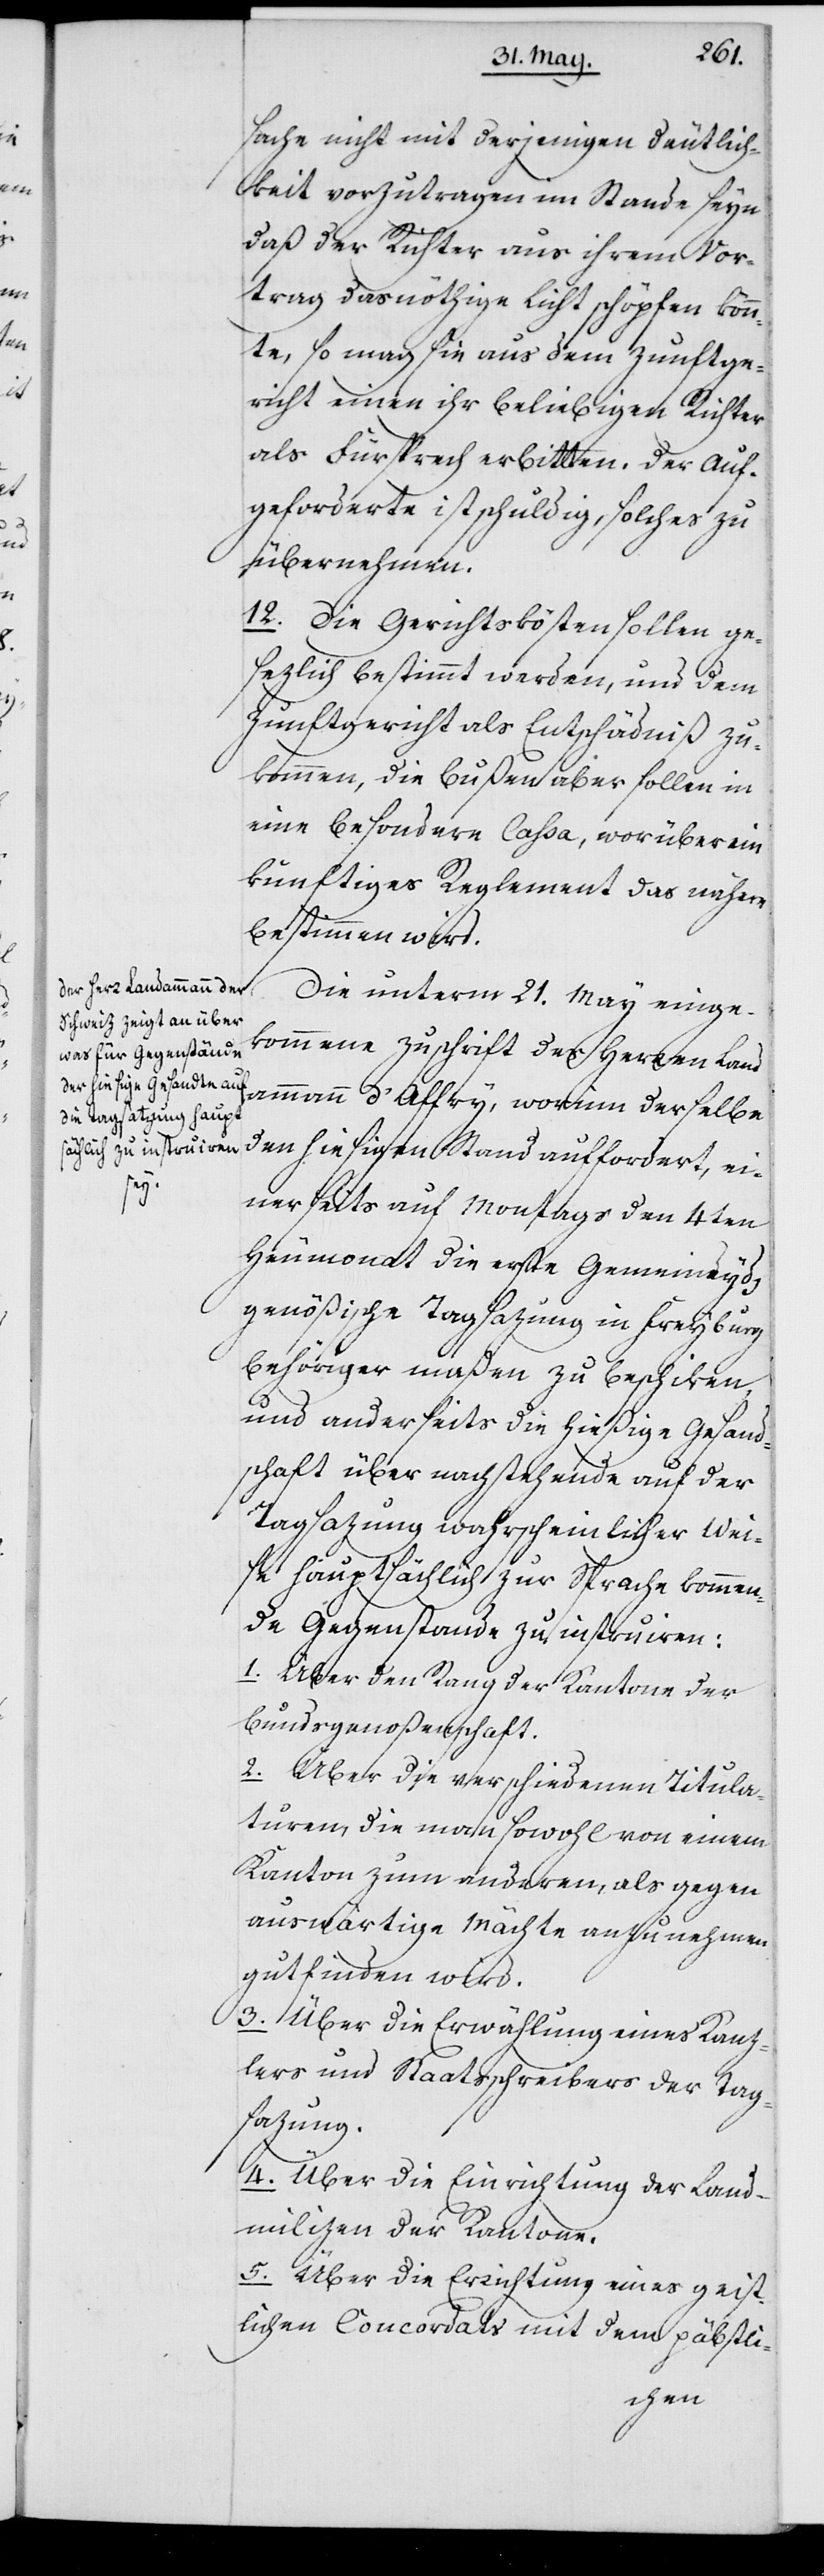
sache nicht mit derjenigen Deutlich¬
keit vorzutragen im Stande seyn,
daß der Richter aus ihrem Vor¬
trag das nöthige Licht schöpfen könn¬
te, so mag sie aus dem Zunftge¬
richt einen ihr beliebigen Richter
als Fürsprech erbitten. Der Auf¬
geforderte ist schuldig, solches zu
übernehmen.
12. Die Gerichtskosten sollen ge¬
sezlich bestimmt werden, und dem
Zunftgericht als Entschädniß zu¬
kommen, die Bußen aber sollen in
eine besondere Caßa, worüber ein
künftiges Reglement das nähere
bestimmen wird.
Die unterm 21. May einge¬
kommene Zuschrift des Herren Land¬
ammann d’Affry, worinn derselbe
den hiesigen Stand auffordert, ei¬
nerseits auf Montags den 4ten
Heumonat die erste Gemeineyds¬
genößische Tagsazung in Freyburg
behöriger maßen zu beschiken,
und anderseits die hießige Gesandt¬
schaft über nachstehende auf der
Tagsazung wahrscheinlicher Wei¬
se hauptsächlich zur Sprache kommen¬
de Gegenstände zu instruiren:
1. Über den Rang der Kantone der
Bundsgenoßenschaft.
2. Über die verschiedenen Titula¬
turen, die man sowohl von einem
Kanton zum anderen, als gegen
auswärtige Mächte anzunehmen
gutfinden wird.
3. Über die Erwählung eines Kanz¬
lers und Staatsschreibers der Tag¬
sazung.
4. Über die Einrichtung der Land¬
milizen der Kantone.
5. Über die Errichtung eines geist¬
lichen Concordats mit dem päbstli-